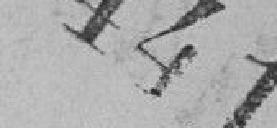
441